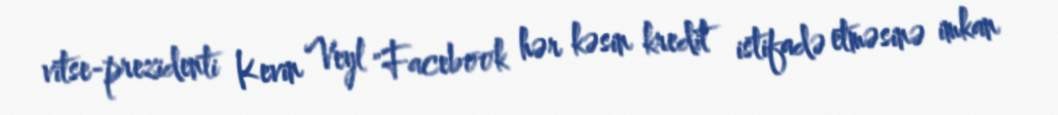
vitse-prezidenti Kevin Veyl "Facebook hər kəsin kredit istifadə etməsinə imkan